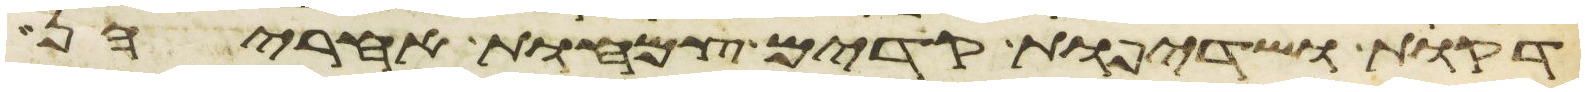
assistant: דקות ושדיפות קדים צמחות אחריהן